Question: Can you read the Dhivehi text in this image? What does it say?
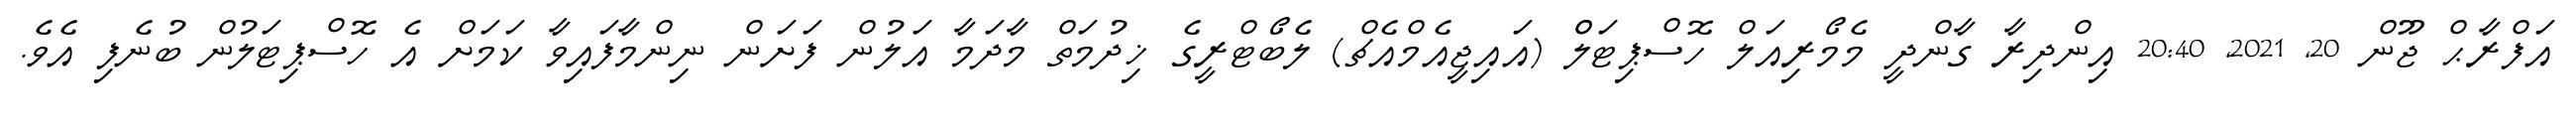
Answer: އަފްރާޙް ޖޫން 20, 2021, 20:40 އިންދިރާ ގާންދީ މެމޯރިއަލް ހޮސްޕިޓަލްް (އައިޖީއެމްއެޗް) ލެބޯޓްރީގެ ޚިދުމަތް މާދަމާ އަލުން ފަށަން ނިންމާފައިވާ ކަމަށް އެ ހޮސްޕިޓަލުން ބުނެފި އެވެ.